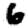
Digit: 6